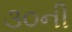
૩૦ની